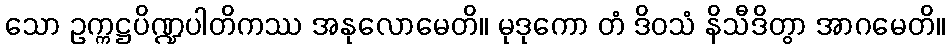
သော ဥက္ကဋ္ဌပိဏ္ဍပါတိကဿ အနုလောမေတိ။ မုဒုကော တံ ဒိဝသံ နိသီဒိတွာ အာဂမေတိ။